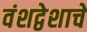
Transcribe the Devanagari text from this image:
वंशद्वेशाचे